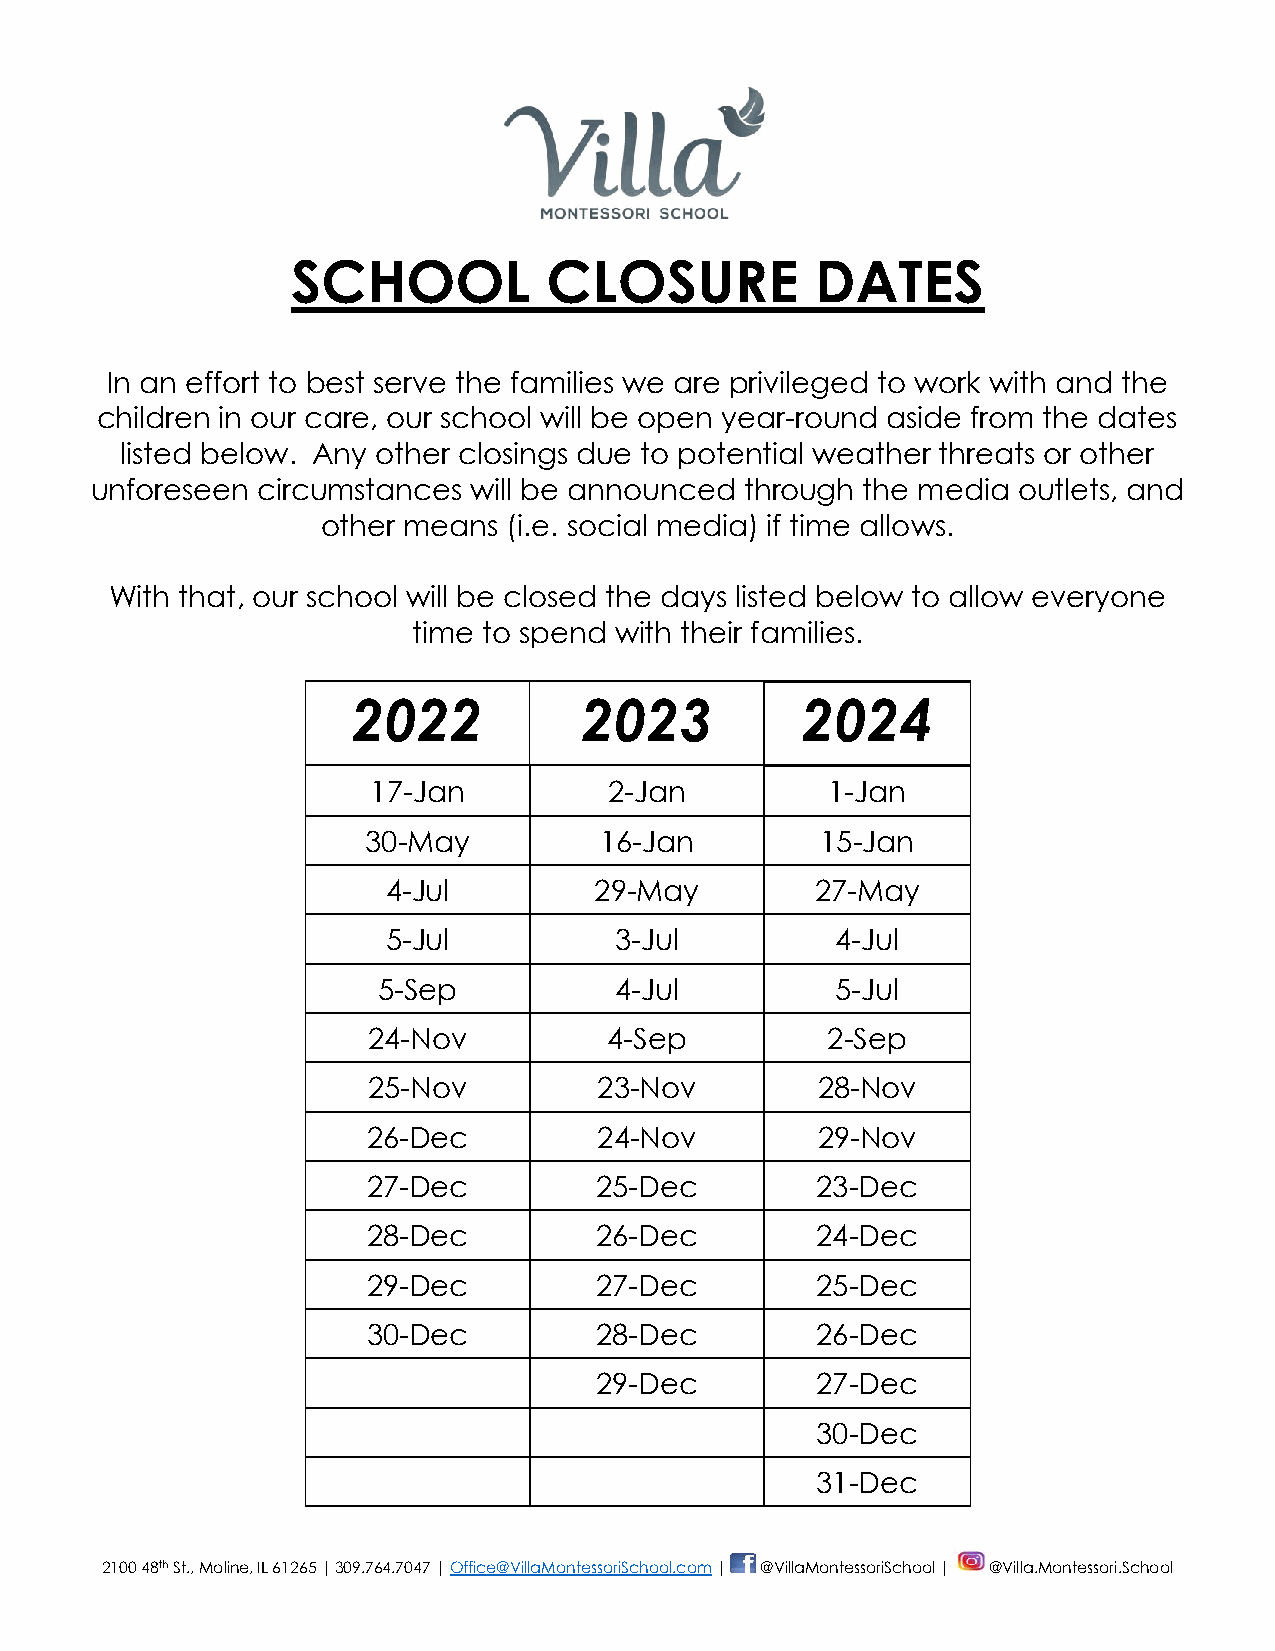
SCHOOL           CLOSURE           DATES
 In an effort to best serve the families we are privileged to work with and the
 children in our care, our school will be open year-round aside from the dates
 listed below. Any other closings due to potential weather threats or other
 unforeseen circumstances will be announced through the media outlets, and
 other means  (i.e. social media) if time allows.
 With that, our school will be closed the days listed below to allow everyone
 time to spend with their families.
 2022           2023           2024
 17-Jan         2-Jan          1-Jan
 30-May          16-Jan        15-Jan
 4-Jul        29-May         27-May
 5-Jul          3-Jul         4-Jul
 5-Sep           4-Jul         5-Jul
 24-Nov          4-Sep          2-Sep
 25-Nov          23-Nov        28-Nov
 26-Dec          24-Nov        29-Nov
 27-Dec         25-Dec         23-Dec
 28-Dec         26-Dec         24-Dec
 29-Dec         27-Dec         25-Dec
 30-Dec         28-Dec         26-Dec
 29-Dec         27-Dec
 30-Dec
 31-Dec
 2100 48th St., Moline, IL 61265 | 309.764.7047 | Office@VillaMontessoriSchool.com | @VillaMontessoriSchool | @Villa.Montessori.School